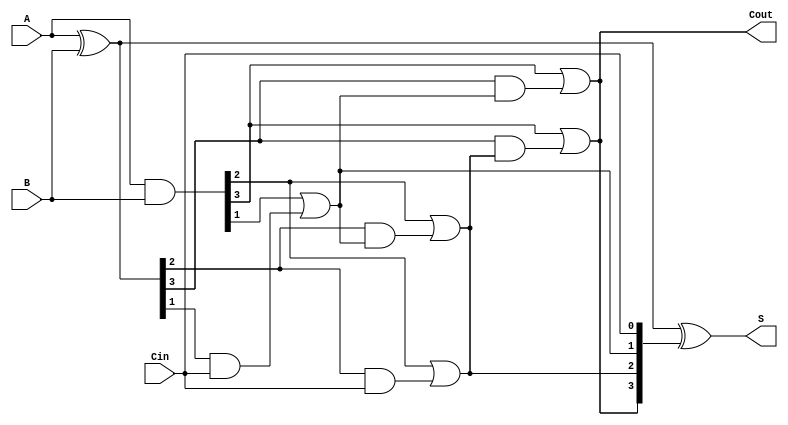
module KoggeStoneAdder #(parameter N = 4) (
    input  [N-1:0] A,        // First operand
    input  [N-1:0] B,        // Second operand
    input        Cin,         // Carry-in
    output [N-1:0] S,        // Sum output
    output       Cout        // Carry-out
);

    // Generate and propagate signals
    wire [N-1:0] P; // Propagate
    wire [N-1:0] G; // Generate
    wire [N:0] C;    // Carry signals

    // Generate and propagate logic
    assign P = A ^ B;           // Propagate
    assign G = A & B;           // Generate
    assign C[0] = Cin;          // Initial carry-in

    // Carry generation (Kogge-Stone structure)
    genvar i, j, k;
    generate
        for (k = 0; k < $clog2(N); k = k + 1) begin: carry_generation
            for (i = 0; i < N; i = i + 1) begin: carry_stage
                if (i >= (1 << k)) begin // Ensure that the carry relationship is valid
                    assign C[i] = G[i] | (P[i] & C[i - (1 << k)]);
                end
                else begin
                    assign C[i] = C[i]; // Carry remains the same if index is out of range
                end
            end
        end
    endgenerate

    // Final Carry-out
    assign Cout = C[N-1];

    // Sum calculation
    assign S = P ^ C[N-1:0]; // Sum calculation

endmodule